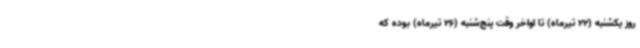
روز یکشنبه (22 تیرماه) تا اواخر وقت پنج‌شنبه (26 تیرماه) بوده که